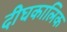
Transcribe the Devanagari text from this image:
दीघकालिक